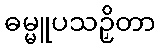
ဓမ္မူပသဉှိတာ